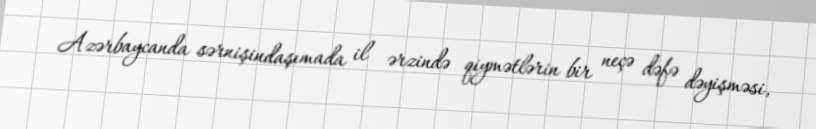
Azərbaycanda sərnişindaşımada il ərzində qiymətlərin bir neçə dəfə dəyişməsi,